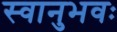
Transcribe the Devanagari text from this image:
स्वानुभवः